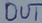
Text: OUT